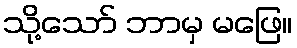
သို့သော် ဘာမှ မဖြေ။